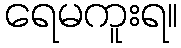
ရေမကူးရ။